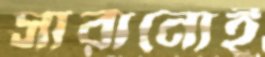
সারানোই